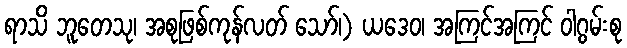
ရာသိ ဘူတေသု၊ အစုဖြစ်ကုန်လတ် သော်၊) ယဒေဝ၊ အကြင်အကြင် ဝါဂွမ်းစု